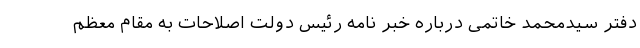
دفتر سیدمحمد خاتمی درباره خبر نامه رئیس دولت اصلاحات ‌به مقام معظم